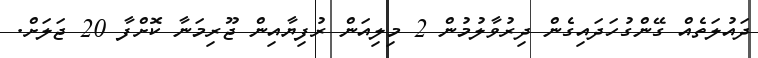
ދައުލަތެއް ގޭންގުހަދައިގެން ދިރުވާލުމުން 2 މިލިއަން ރުފިޔާއިން ޖޫރިމަނާ ކޮށްފާ 20 ޖަލަށް.